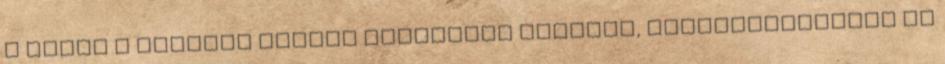
s mivel a tárgyak értéke szerintük csekély, kiszállításukat be